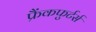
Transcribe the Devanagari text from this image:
फ्रैंकफुर्टर्स